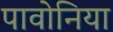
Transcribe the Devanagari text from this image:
पावोनिया